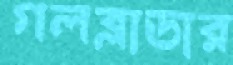
গলব্লাডার